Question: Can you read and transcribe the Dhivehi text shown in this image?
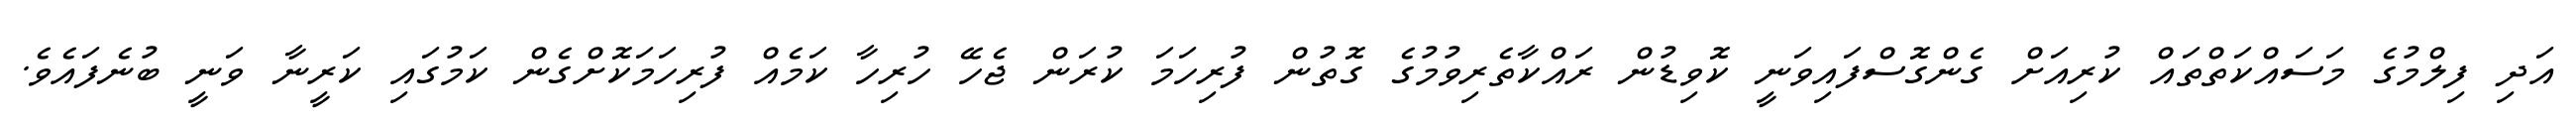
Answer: އަދި ފިލްމުގެ މަސައްކަތްތައް ކުރިއަށް ގެންގޮސްފައިވަނީ ކޮވިޑުން ރައްކާތެރިވުމުގެ ގޮތުން ފުރިހަމަ ކުރަން ޖެހޭ ހުރިހާ ކަމެއް ފުރިހަމަކޮށްގެން ކަމުގައި ކަރީނާ ވަނީ ބުނެފައެވެ.